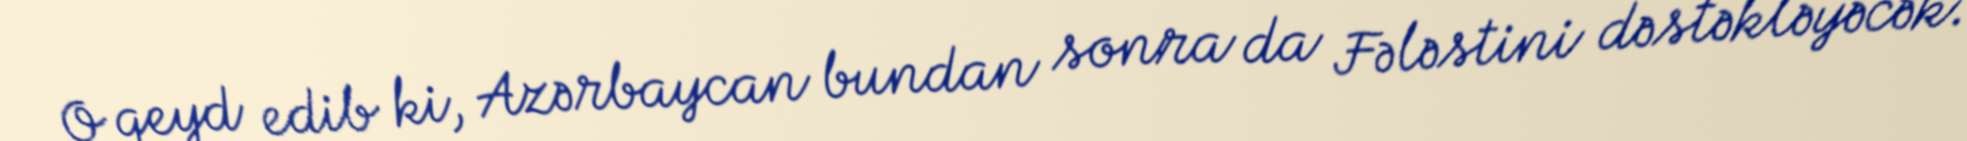
O qeyd edib ki, Azərbaycan bundan sonra da Fələstini dəstəkləyəcək.